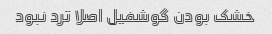
خشک بودن گوشفیل اصلا ترد نبود